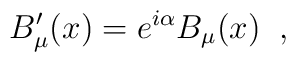
B'_{\mu}(x) = e^{i\alpha} B_{\mu}(x) \;\;,